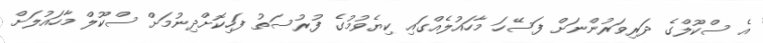
އެ ސްކޫލްގެ ދަރިވަރުންނަށް ފަސޭހަ މާހައުލެއްގައި ކިޔެވުމުގެ ފުރުސަތު ފަހިކޮށްދިނުމަށް ސްކޫލް މާހައުލަށް